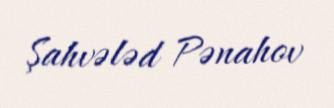
Şahvələd Pənahov